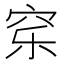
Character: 𰩈